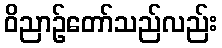
ဝိညာဉ်တော်သည်လည်း